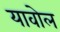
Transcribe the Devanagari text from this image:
यावोल